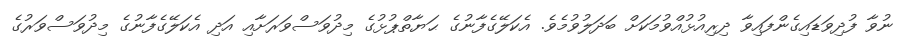
ނުވާ ފުދިވަޑައިގެންފައިވާ ދިރިއުޅުއްވުމަކަށް ބަދަލުވުމެވެ. އެކަލޭގެފާނުގެ ޙަޔާތްޕުޅުގެ މިދުވަސްވަރަށާއި އަދި އެކަލޭގެފާނުގެ މިދުވަސްވަރުގެ